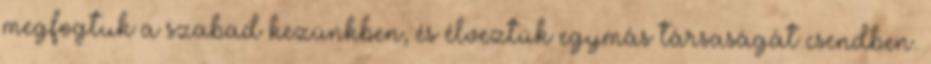
megfogtuk a szabad kezünkben, és élveztük egymás társaságát csendben.